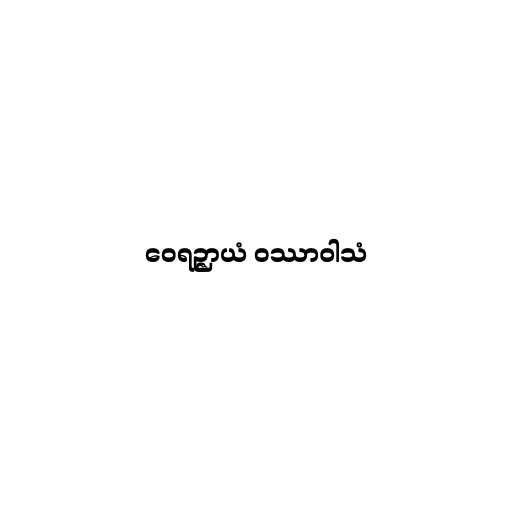
ဝေရဉ္ဇာယံ ဝဿာဝါသံ